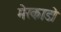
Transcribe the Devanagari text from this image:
मेरकाडो